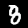
Label: 8